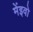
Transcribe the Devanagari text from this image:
मेंइवो